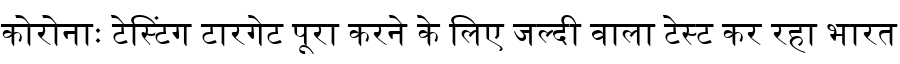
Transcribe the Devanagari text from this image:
कोरोनाः टेस्टिंग टारगेट पूरा करने के लिए जल्दी वाला टेस्ट कर रहा भारत